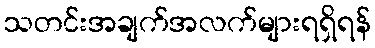
သတင်းအချက်အလက်များရရှိရန်